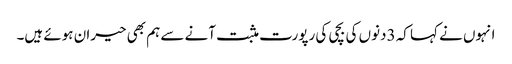
انہوں نے کہا کہ 3دنوں کی بچی کی رپورت مثبت آنے سے ہم بھی حیران ہوئے ہیں۔